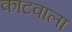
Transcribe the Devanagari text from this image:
काटवाला